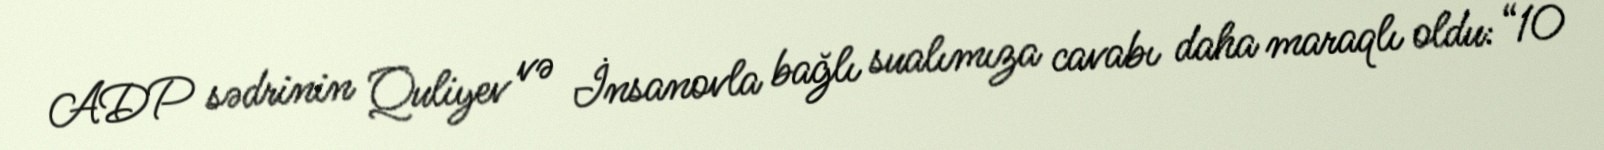
ADP sədrinin Quliyev və İnsanovla bağlı sualımıza cavabı daha maraqlı oldu: “10